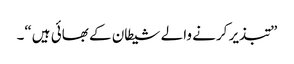
”تبذیر کرنے والے شیطان کے بھائی ہیں“۔